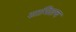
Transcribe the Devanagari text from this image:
सामिलच